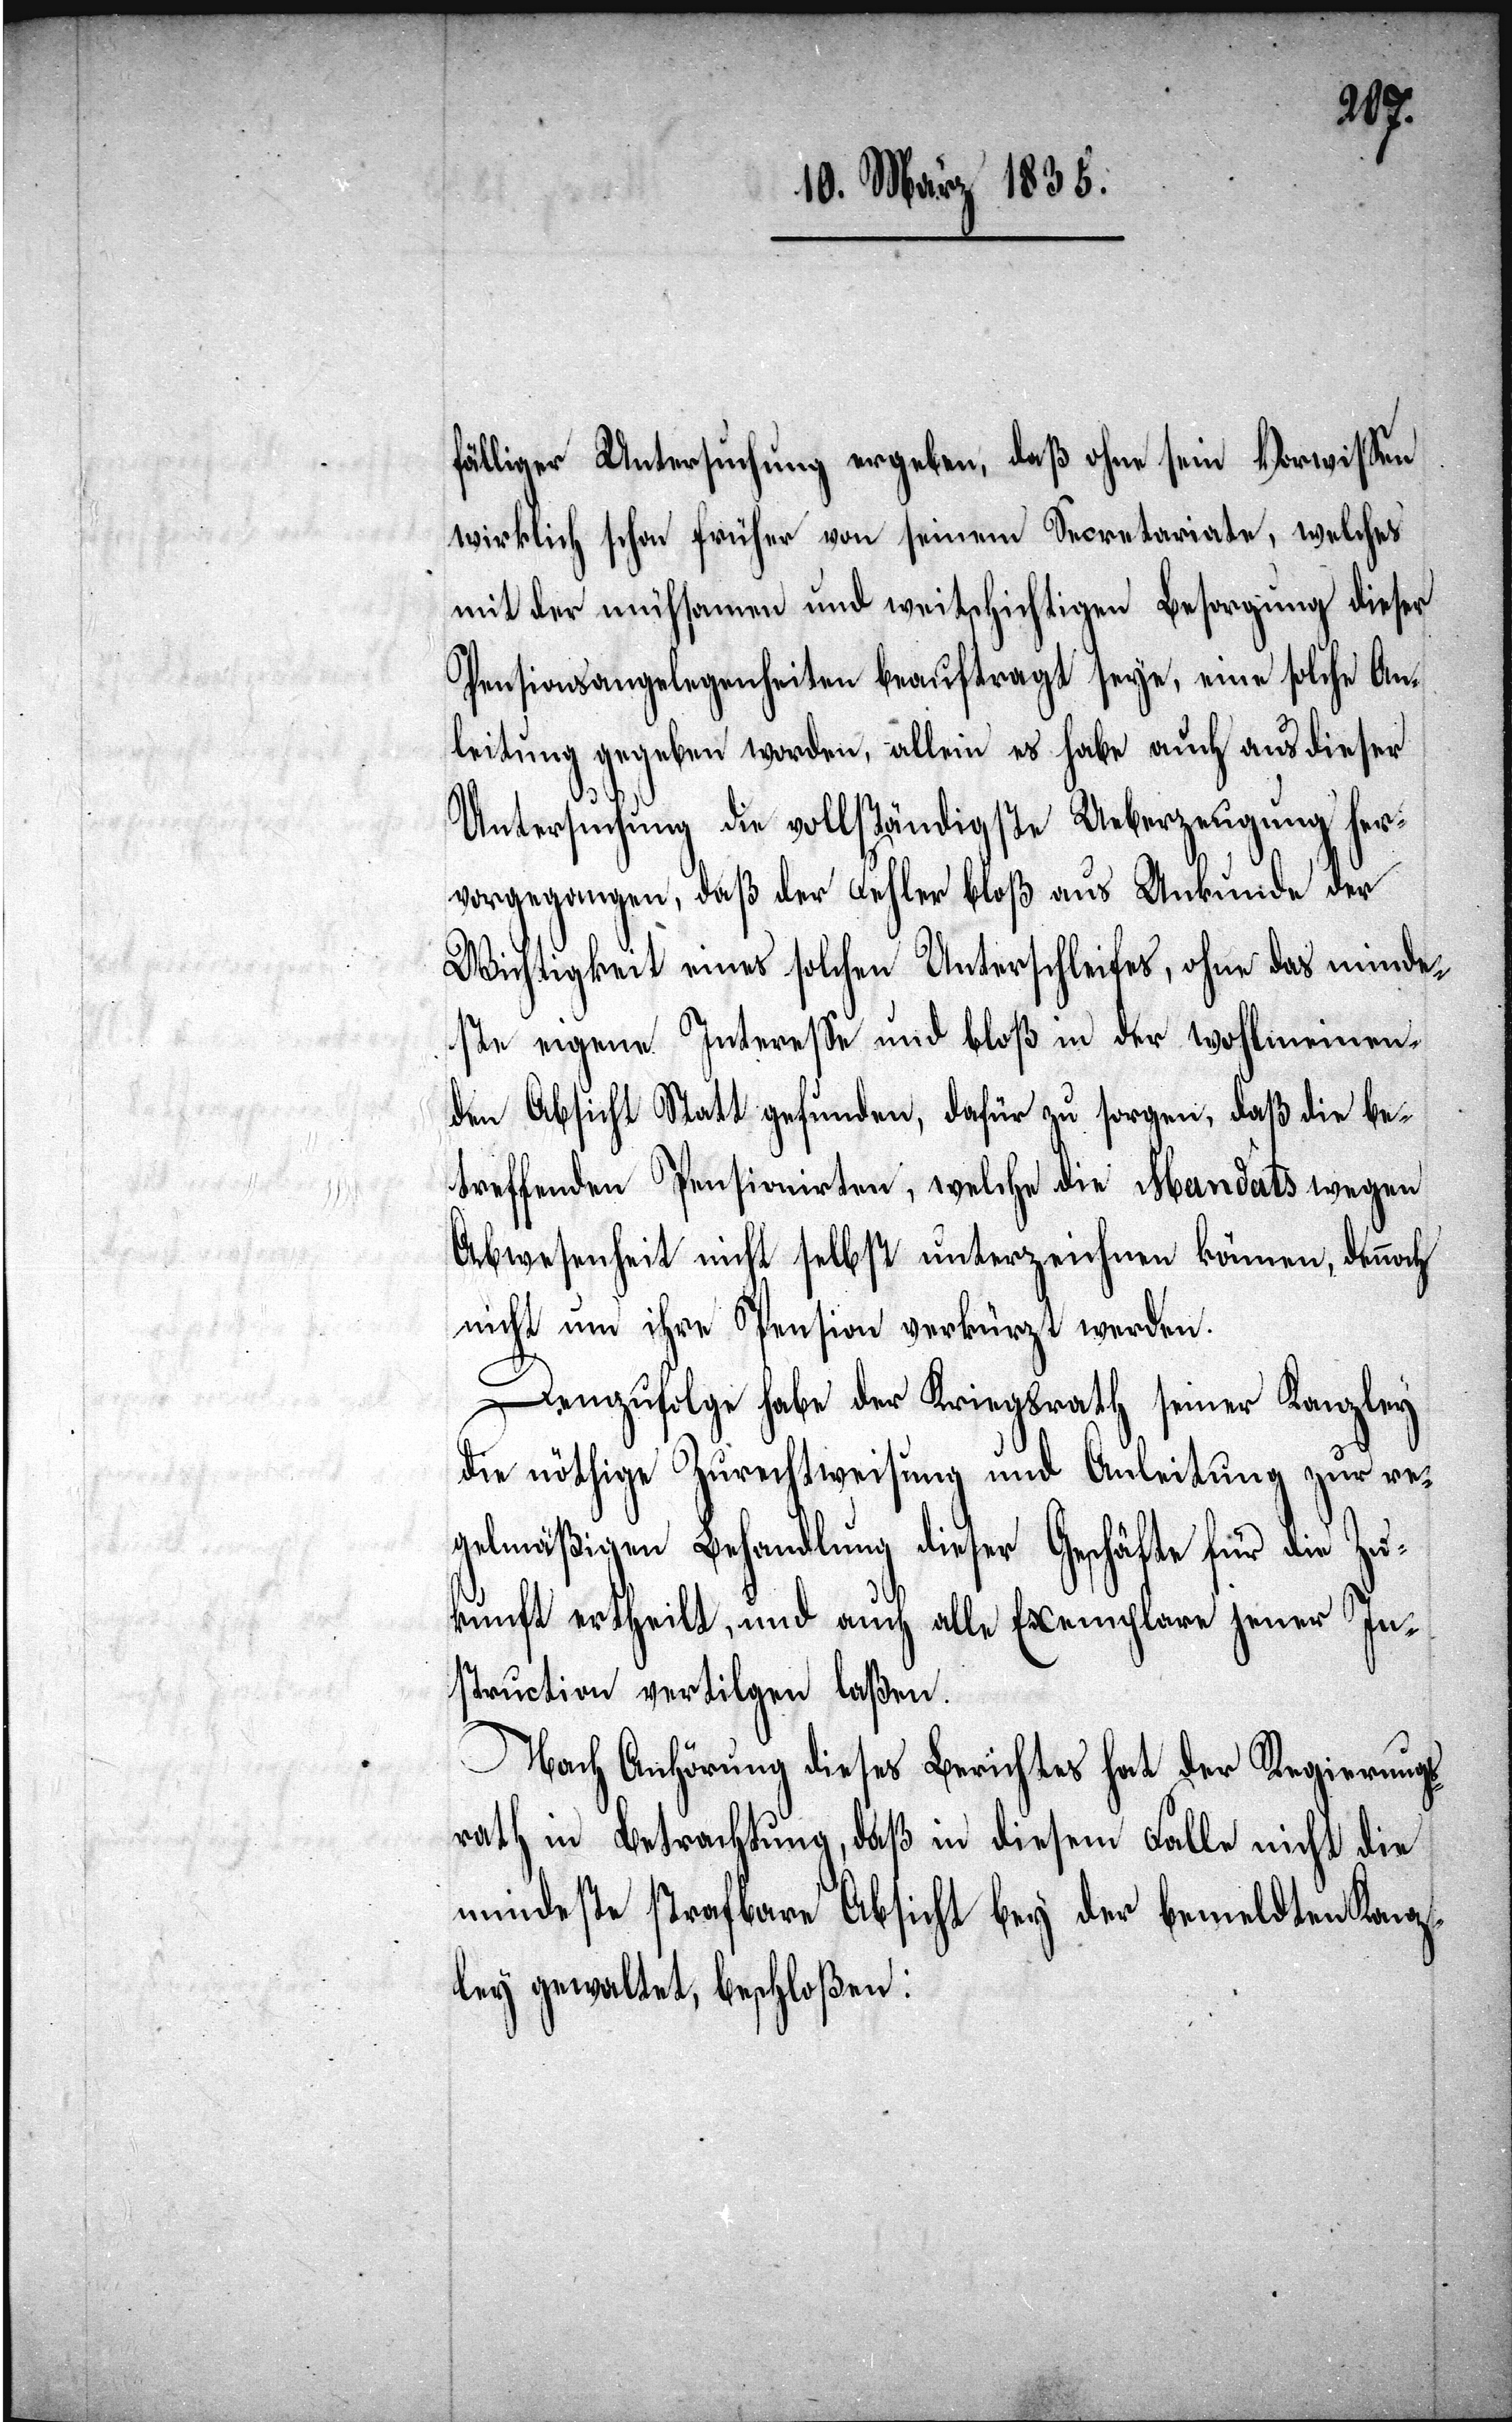
fälliger Untersuchung ergeben, daß ohne sein Vorwissen
wirklich schon früher von seinem Secretariate, welches
mit der mühsamen und weitschichtigen Besorgung dieser
Pensionsangelegenheiten beauftragt seye, eine solche An¬
leitung gegeben worden, allein es habe auch aus dieser
Untersuchung die vollständigste Ueberzeugung her¬
vorgegangen, daß der Fehler bloß aus Unkunde der
Wichtigkeit eines solchen Unterschleifes, ohne das minde¬
ste eigene Intereße und bloß in der wohlmeinen¬
den Absicht Statt gefunden, dafür zu sorgen, daß die be¬
treffenden Pensionirten, welche die Mandats wegen
Abwesenheit nicht selbst unterzeichnen können, dennoch
nicht um ihre Pension verkürzt werden.
Demzufolge habe der Kriegsrath seiner Kanzley
die nöthige Zurechtweisung und Anleitung zur re¬
gelmäßigen Behandlung dieser Geschäfte für die Zu¬
kunft ertheilt, und auch alle Exemplare jener In¬
struction vertilgen laßen.
Nach Anhörung dieses Berichtes hat der Regierung¬
srath in Betrachtung, daß in diesem Falle nicht die
mindeste strafbare Absicht bey der bemeldten Kanz¬
ley gewaltet, beschloßen: